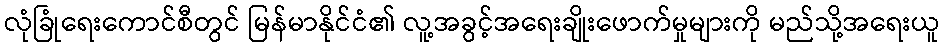
လုံခြုံရေးကောင်စီတွင် မြန်မာနိုင်ငံ၏ လူ့အခွင့်အရေးချိုးဖောက်မှုများကို မည်သို့အရေးယူ